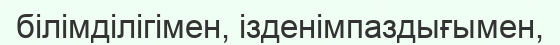
білімділігімен, ізденімпаздығымен,